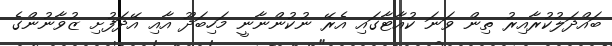
ބައްދަލުކުރާއިރު ތިން ވަނަ ކުއާޓާގައި އެރޭ ނުކުންނާނީ މަހިބަދޫ އާއި އޭދަފުށި ޒުވާނުންގެ